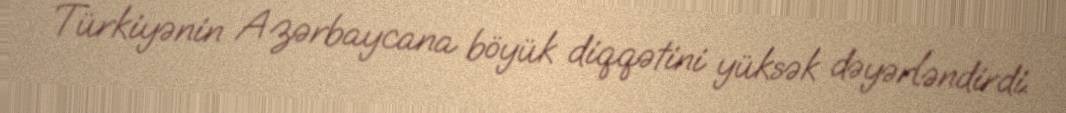
Türkiyənin Azərbaycana böyük diqqətini yüksək dəyərləndirdi.